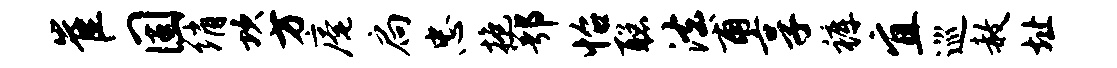
崔固绡坎方庵扃忠抱鄂怡聪法甫享裤宜巡赦址